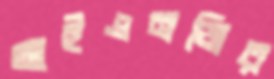
আইএনজির